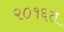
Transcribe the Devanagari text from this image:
२०१६त